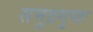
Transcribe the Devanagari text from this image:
समुद्रगुप्तः